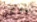
ولكن